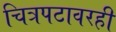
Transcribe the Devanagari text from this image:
चित्रपटावरही